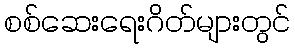
စစ်ဆေးရေးဂိတ်များတွင်